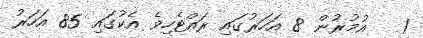
1   އުމުރުން 8 އަހަރުގައި ރައްޓެހިވެ އެކުގައި 85 އަހަރު